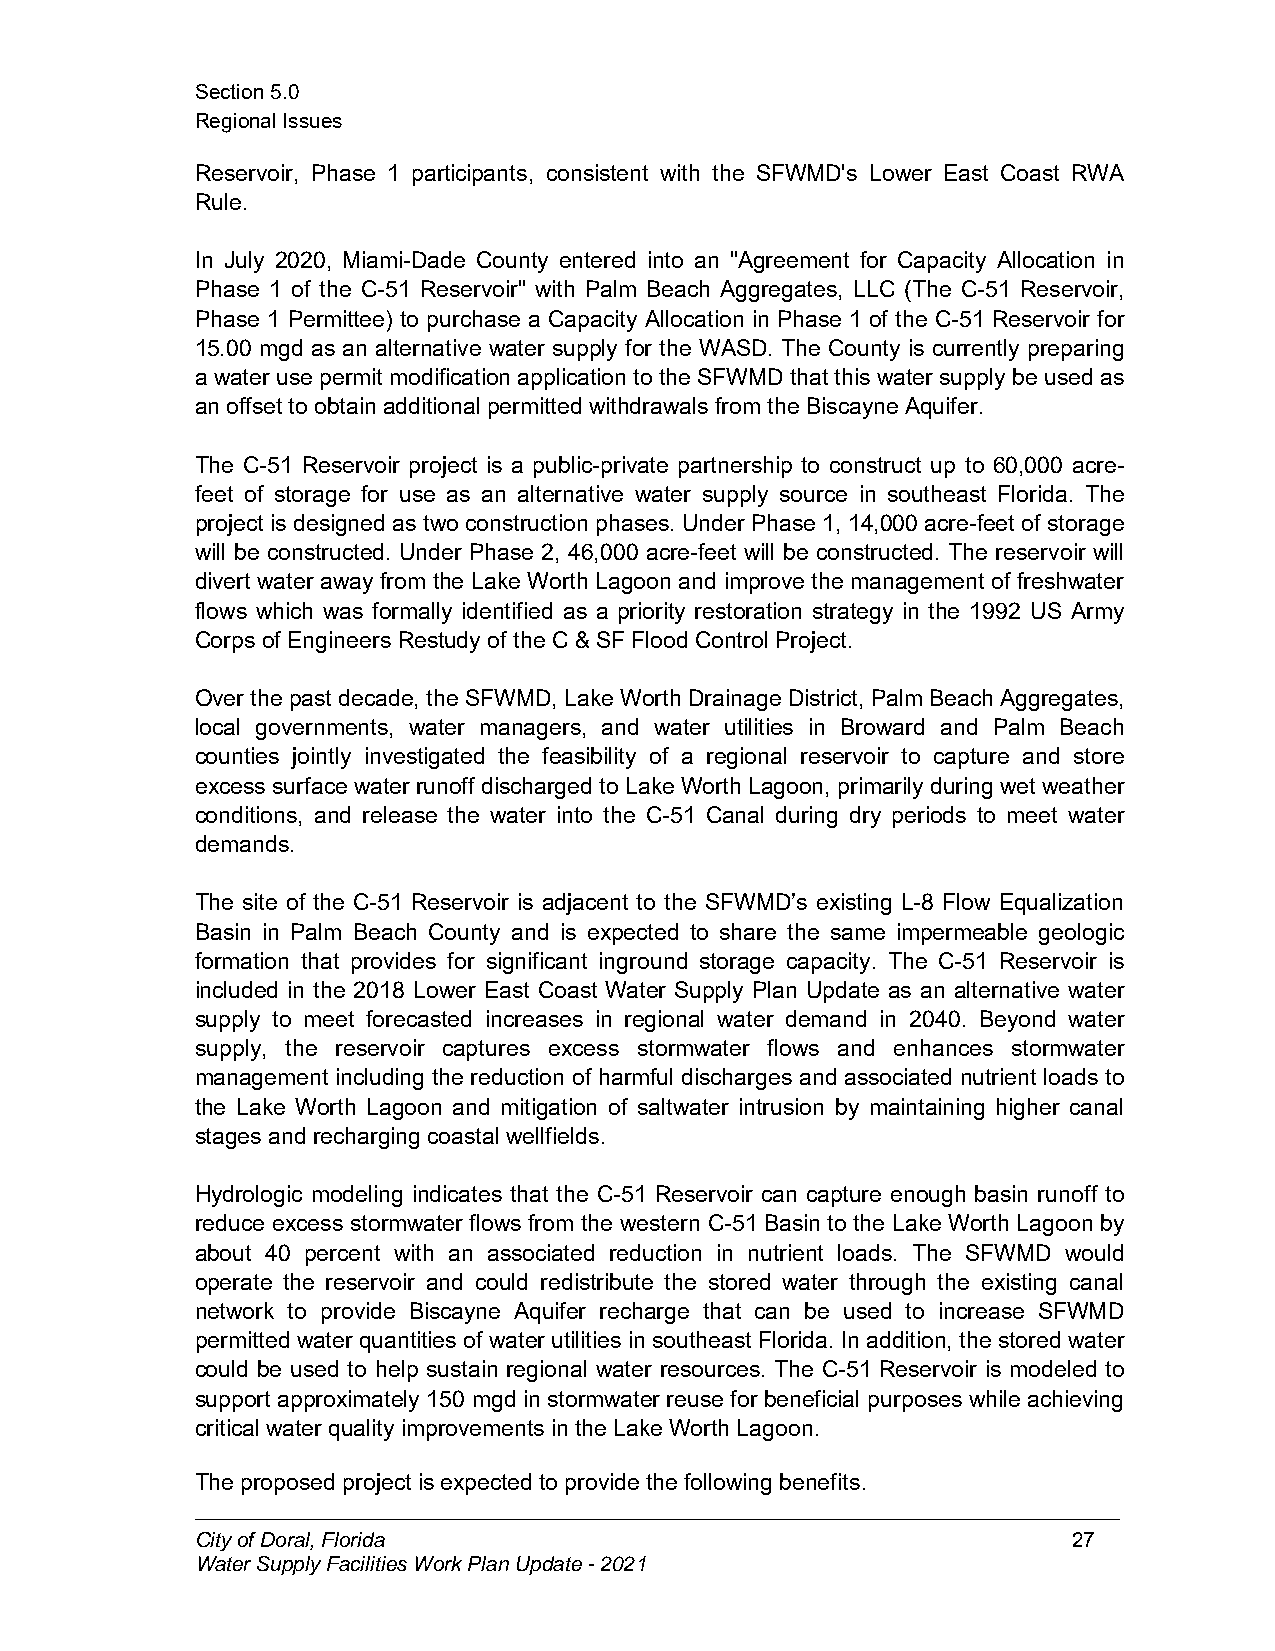
Section5.0
 RegionalIssues
 Reservoir, Phase 1 participants, consistent with the SFWMD's Lower East Coast RWA
 Rule.
 In July 2020, Miami-Dade County entered into an "Agreement for Capacity Allocation in
 Phase 1 of the C-51 Reservoir" with Palm Beach Aggregates, LLC (The C-51 Reservoir,
 Phase 1 Permittee) to purchase a Capacity Allocation in Phase 1 of the C-51 Reservoir for
 15.00 mgd as an alternative water supply for the WASD. The County is currently preparing
 a water usepermit modification application totheSFWMDthat this water supply be usedas
 an offset toobtain additional permittedwithdrawals from theBiscayne Aquifer.
 The C-51 Reservoir project is a public-private partnership to construct up to 60,000 acre-
 feet of storage for use as an alternative water supply source in southeast Florida. The
 project is designed as two construction phases. Under Phase 1, 14,000 acre-feet of storage
 will be constructed. Under Phase 2, 46,000 acre-feet will be constructed. The reservoir will
 divert water away from the Lake Worth Lagoon and improve the management of freshwater
 flows which was formally identified as a priority restoration strategy in the 1992 US Army
 Corps of Engineers Restudy of theC &SF FloodControl Project.
 Over the past decade, the SFWMD, Lake WorthDrainage District, Palm Beach Aggregates,
 local governments, water managers, and water utilities in Broward and Palm Beach
 counties jointly investigated the feasibility of a regional reservoir to capture and store
 excess surface water runoff dischargedtoLakeWorthLagoon, primarily during wet weather
 conditions, and release the water into the C-51 Canal during dry periods to meet water
 demands.
 The site of the C-51 Reservoir is adjacent to the SFWMD’s existing L-8 Flow Equalization
 Basin in Palm Beach County and is expected to share the same impermeable geologic
 formation that provides for significant inground storage capacity. The C-51 Reservoir is
 included in the 2018 Lower East Coast Water Supply Plan Update as an alternative water
 supply to meet forecasted increases in regional water demand in 2040. Beyond water
 supply, the reservoir captures excess stormwater flows and enhances stormwater
 management including the reduction of harmful discharges and associated nutrient loads to
 the Lake Worth Lagoon and mitigation of saltwater intrusion by maintaining higher canal
 stages andrechargingcoastal wellfields.
 Hydrologic modeling indicates that the C-51 Reservoir can capture enough basin runoff to
 reduce excess stormwater flows from the western C-51 Basin to the Lake Worth Lagoon by
 about 40 percent with an associated reduction in nutrient loads. The SFWMD would
 operate the reservoir and could redistribute the stored water through the existing canal
 network to provide Biscayne Aquifer recharge that can be used to increase SFWMD
 permitted water quantities of water utilities in southeast Florida. In addition, the stored water
 could be used to help sustain regional water resources. The C-51 Reservoir is modeled to
 support approximately 150 mgd in stormwater reuse for beneficial purposes while achieving
 critical water quality improvements inthe LakeWorthLagoon.
 The proposedproject isexpectedtoprovidethefollowing benefits.
 CityofDoral,Florida                                       27
 WaterSupplyFacilitiesWorkPlanUpdate-2021